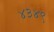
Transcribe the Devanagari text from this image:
४३४९